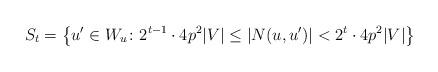
LaTeX: \begin{align*} S_t=\big\{u'\in W_u \colon 2^{t-1}\cdot 4p^2|V|\le |N(u,u')| <2^t\cdot 4p^2|V|\big\} \end{align*}